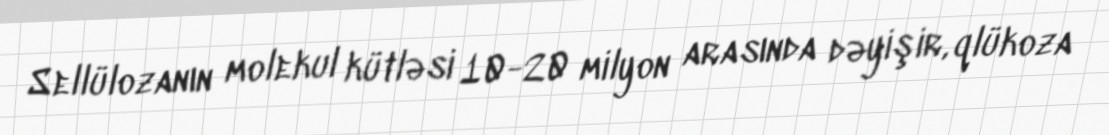
Sellülozanın molekul kütləsi 10-20 milyon arasında dəyişir, qlükoza